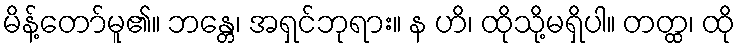
မိန့်တော်မူ၏။ ဘန္တေ၊ အရှင်ဘုရား။ န ဟိ၊ ထိုသို့မရှိပါ။ တတ္ထ၊ ထို